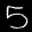
Digit: 5